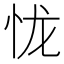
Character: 𢘙